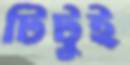
টিটুই